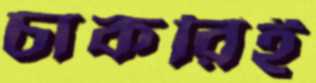
চাকরিই